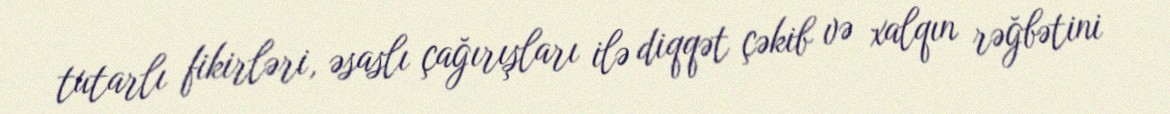
tutarlı fikirləri, əsaslı çağırışları ilə diqqət çəkib və xalqın rəğbətini